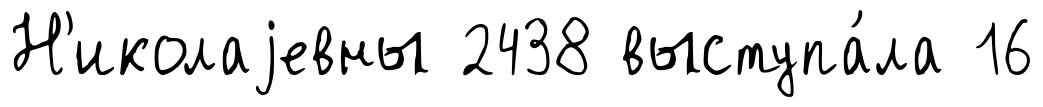
Н'иколаjевны 2438 выступа́ла 16